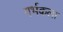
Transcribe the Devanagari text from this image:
गर्भकला